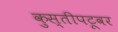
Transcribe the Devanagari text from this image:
कुस्तीपटूवर